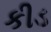
કીડ